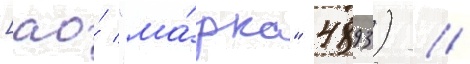
[ао́ "ма́рка" 4893) //